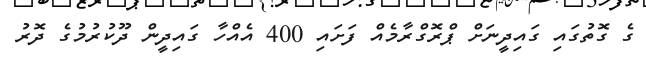
ގެ ގޮތުގައި ގައިދީނަށް ޕްރޮގްރާމެއް ފަށައި 400 އެއްހާ ގައިދީން ދޫކުރުމުގެ ދޮރު